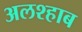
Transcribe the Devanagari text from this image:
अलश्हाब